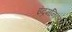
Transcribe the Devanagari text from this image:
इंद्रमनिक्या